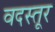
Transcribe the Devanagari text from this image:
वदस्तूर